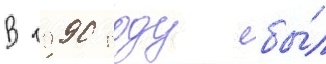
В 1990 году бы́л